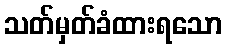
သတ်မှတ်ခံထားရသော